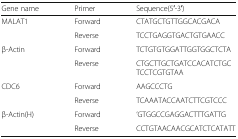
<table><thead><tr><td><b>Gene name</b></td><td><b>Primer</b></td><td><b>Sequence(5′-3′)</b></td></tr></thead><tbody><tr><td>MALAT1</td><td>Forward</td><td>CTATGCTGTTGGCACGACA</td></tr><tr><td></td><td>Reverse</td><td>TCCTGAGGTGACTGTGAACC</td></tr><tr><td>β-Actin</td><td>Forward</td><td>TCTGTGTGGATTGGTGGCTCTA</td></tr><tr><td></td><td>Reverse</td><td>CTGCTTGCTGATCCACATCTGCTCCTCGTGTAA</td></tr><tr><td>CDC6</td><td>Forward</td><td>AAGCCCTG</td></tr><tr><td></td><td>Reverse</td><td>TCAAATACCAATCTTCGTCCC</td></tr><tr><td>β-Actin(H)</td><td>Forward</td><td>’GTGGCCGAGGACTTTGATTG</td></tr><tr><td></td><td>Reverse</td><td>CCTGTAACAACGCATCTCATATT</td></tr></tbody></table>